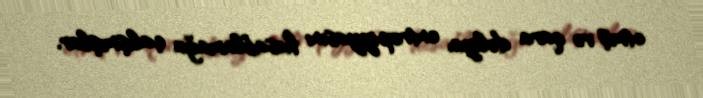
etmiş və qara dəliyin entropiyyasını hesablamağa çalışmışlar.